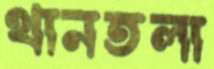
থানতলা